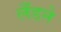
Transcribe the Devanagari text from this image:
लँडने